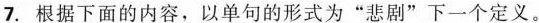
7.根据下面的内容，以单句的形式为“悲剧”下一个定义。